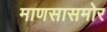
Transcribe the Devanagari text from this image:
माणसासमोर